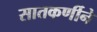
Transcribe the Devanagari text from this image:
सातकर्णीने